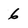
Character: 6